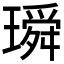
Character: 𤩥